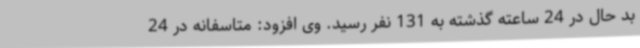
بد حال در 24 ساعته گذشته به 131 نفر رسید. وی افزود: متاسفانه در 24